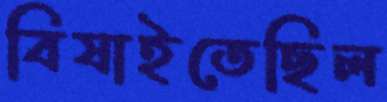
বিষাইতেছিল